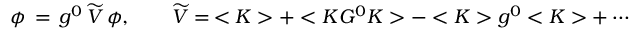
\phi \, = \, g ^ { 0 } \, \widetilde V \, \phi , \qquad \widetilde V = \, < K > + < K G ^ { 0 } K > - < K > g ^ { 0 } < K > + \cdots